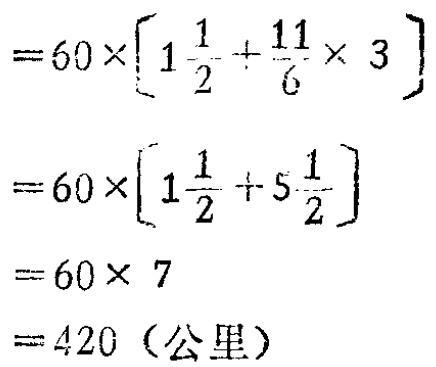
\[

\begin{align*}

&=60\times\left[1\frac{1}{2}+\frac{11}{6}\times3\right]\\

&=60\times\left[1\frac{1}{2}+5\frac{1}{2}\right]\\

&=60\times7\\

& = 420（公里）

\end{align*}

\]